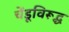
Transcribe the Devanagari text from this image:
चेंडूविरूद्ध